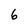
Character: 6